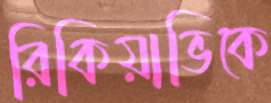
রিকিয়াভিকে